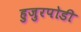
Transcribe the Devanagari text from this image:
हुजुरपोडी